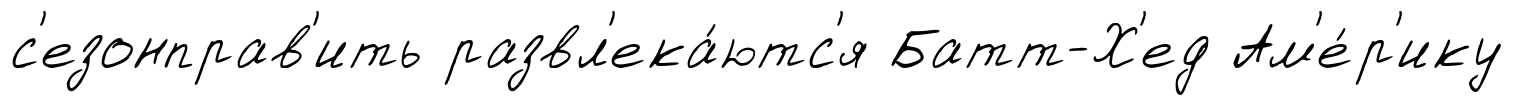
с'езонправ'ить развл'ека́ютс'я Батт-Х'ед Ам'е́р'ику